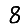
Digit: 8